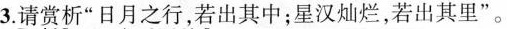
3.请赏析“日月之行，若出其中；星汉灿烂，若出其里”。